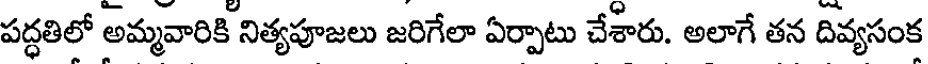
పద్ధతిలో అమ్మవారికి నిత్యపూజలు జరిగేలా ఏర్పాటు చేశారు. అలాగే తన దివ్యసంక